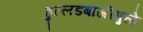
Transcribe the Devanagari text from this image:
हुल्लडबाजीमुळे